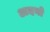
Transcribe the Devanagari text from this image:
अदनो